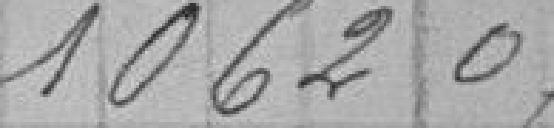
1 062,07